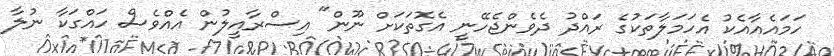
ހަމައެއާއެކު އެހަމަލާތަކުގެ ރައްދު ދެވެންޖެހޭނީ އެގޮތަކަށް ނޫން" އިސްރާއީލުން އެއްވެސް ހައްގަކާ ނުލާ